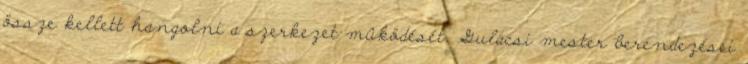
össze kellett hangolni a szerkezet mûködését. Gulácsi mester berendezései